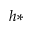
h *